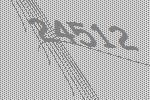
24512